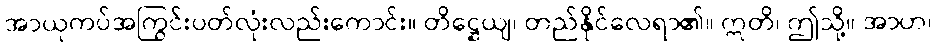
အာယုကပ်အကြွင်းပတ်လုံးလည်းကောင်း။ တိဋ္ဌေယျ၊ တည်နိုင်လေရာ၏။ ဣတိ၊ ဤသို့။ အာဟ၊